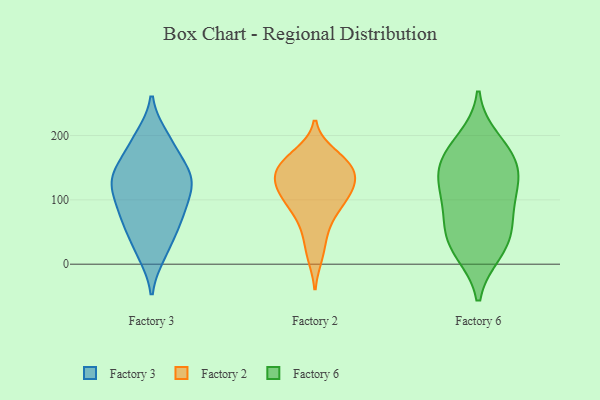
{"axis": {"x": "Page Views", "y": "Value"}, "legend": ["Factory 2", "Factory 3", "Factory 6"], "data": [{"x": "", "y": 72, "type": "Factory 3"}, {"x": "", "y": 61, "type": "Factory 3"}, {"x": "", "y": 152, "type": "Factory 3"}, {"x": "", "y": 51, "type": "Factory 3"}, {"x": "", "y": 143, "type": "Factory 3"}, {"x": "", "y": 16, "type": "Factory 3"}, {"x": "", "y": 198, "type": "Factory 3"}, {"x": "", "y": 143, "type": "Factory 3"}, {"x": "", "y": 130, "type": "Factory 3"}, {"x": "", "y": 81, "type": "Factory 3"}, {"x": "", "y": 19, "type": "Factory 3"}, {"x": "", "y": 182, "type": "Factory 3"}, {"x": "", "y": 195, "type": "Factory 3"}, {"x": "", "y": 111, "type": "Factory 3"}, {"x": "", "y": 133, "type": "Factory 3"}, {"x": "", "y": 126, "type": "Factory 3"}, {"x": "", "y": 111, "type": "Factory 3"}, {"x": "", "y": 84, "type": "Factory 3"}, {"x": "", "y": 153, "type": "Factory 2"}, {"x": "", "y": 117, "type": "Factory 2"}, {"x": "", "y": 117, "type": "Factory 2"}, {"x": "", "y": 95, "type": "Factory 2"}, {"x": "", "y": 120, "type": "Factory 2"}, {"x": "", "y": 74, "type": "Factory 2"}, {"x": "", "y": 94, "type": "Factory 2"}, {"x": "", "y": 150, "type": "Factory 2"}, {"x": "", "y": 13, "type": "Factory 2"}, {"x": "", "y": 46, "type": "Factory 2"}, {"x": "", "y": 171, "type": "Factory 2"}, {"x": "", "y": 144, "type": "Factory 2"}, {"x": "", "y": 135, "type": "Factory 2"}, {"x": "", "y": 163, "type": "Factory 2"}, {"x": "", "y": 71, "type": "Factory 6"}, {"x": "", "y": 20, "type": "Factory 6"}, {"x": "", "y": 67, "type": "Factory 6"}, {"x": "", "y": 121, "type": "Factory 6"}, {"x": "", "y": 118, "type": "Factory 6"}, {"x": "", "y": 159, "type": "Factory 6"}, {"x": "", "y": 120, "type": "Factory 6"}, {"x": "", "y": 158, "type": "Factory 6"}, {"x": "", "y": 42, "type": "Factory 6"}, {"x": "", "y": 24, "type": "Factory 6"}, {"x": "", "y": 192, "type": "Factory 6"}, {"x": "", "y": 170, "type": "Factory 6"}]}